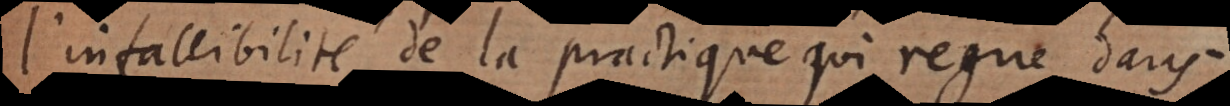
l’infallibilité de la practique qui regne dans